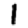
Digit: 1